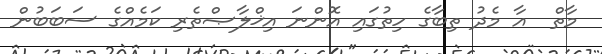
މާތް  އާ މެދު ތިބާގެ ހިތުގައި އޮންނަ އިޚްލާޞްތެރި ކަމެއްގެ ސަބަބުން